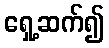
ရှေ့ဆက်၍